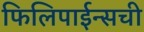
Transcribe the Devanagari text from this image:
फिलिपाईन्सची